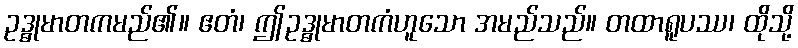
ဥဒ္ဓုမာတကမည်၏။ ဧတံ၊ ဤဥဒ္ဓုမာတကံဟူသော အမည်သည်။ တထာရူပဿ၊ ထိုသို့